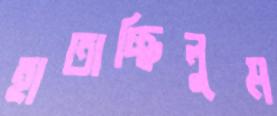
হাতাচ্ছিলুম